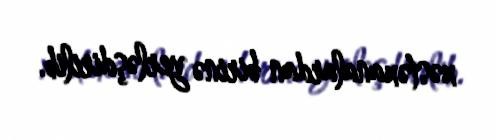
xəstəxanalardan birinə yerləşdirilib.